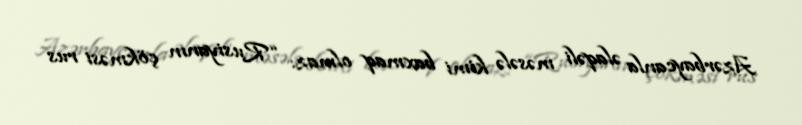
Azərbaycanla əlaqəli məsələ kimi baxmaq olmaz: “Rusiyanın çökməsi rus